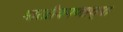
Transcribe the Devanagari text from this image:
भारतीयपणाच्या